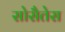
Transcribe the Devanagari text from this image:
सोसैतेस